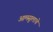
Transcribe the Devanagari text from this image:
आमसुलाचे